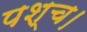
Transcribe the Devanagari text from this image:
पश्च।